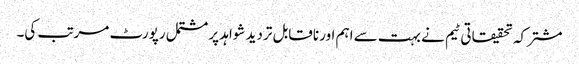
مشترکہ تحقیقاتی ٹیم نے بہت سے اہم اور ناقابل تردید شواہد پر مشتمل رپورٹ مرتب کی۔